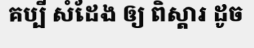
គប្បី សំដែង ឲ្យ ពិស្តារ ដូច